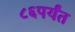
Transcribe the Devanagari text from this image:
८६पर्यंत